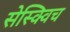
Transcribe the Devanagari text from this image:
सेस्क्विच